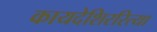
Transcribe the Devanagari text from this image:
कायदेशिररित्या